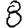
Digit: 8